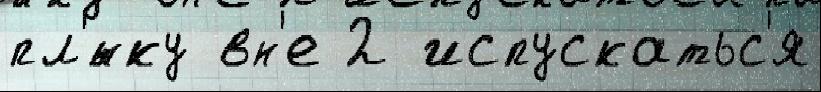
пл'́нку вн'е 2 испускатьс'я